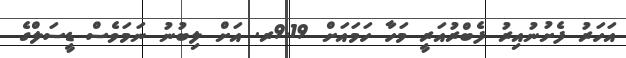
އަހަރު ފެށުނުއިރު ފެބްރުއަރީ މަހާ ހަމައަށް 9.19ރ. އަށް ލިބުނު ނަމަވެސް ޑީސަލްގެ